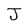
Character: J